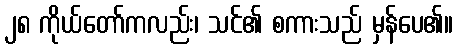
၂၈ ကိုယ်တော်ကလည်း၊ သင်၏ စကားသည် မှန်ပေ၏။